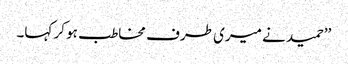
’’حمید نے میری طرف مخاطب ہو کر کہا۔